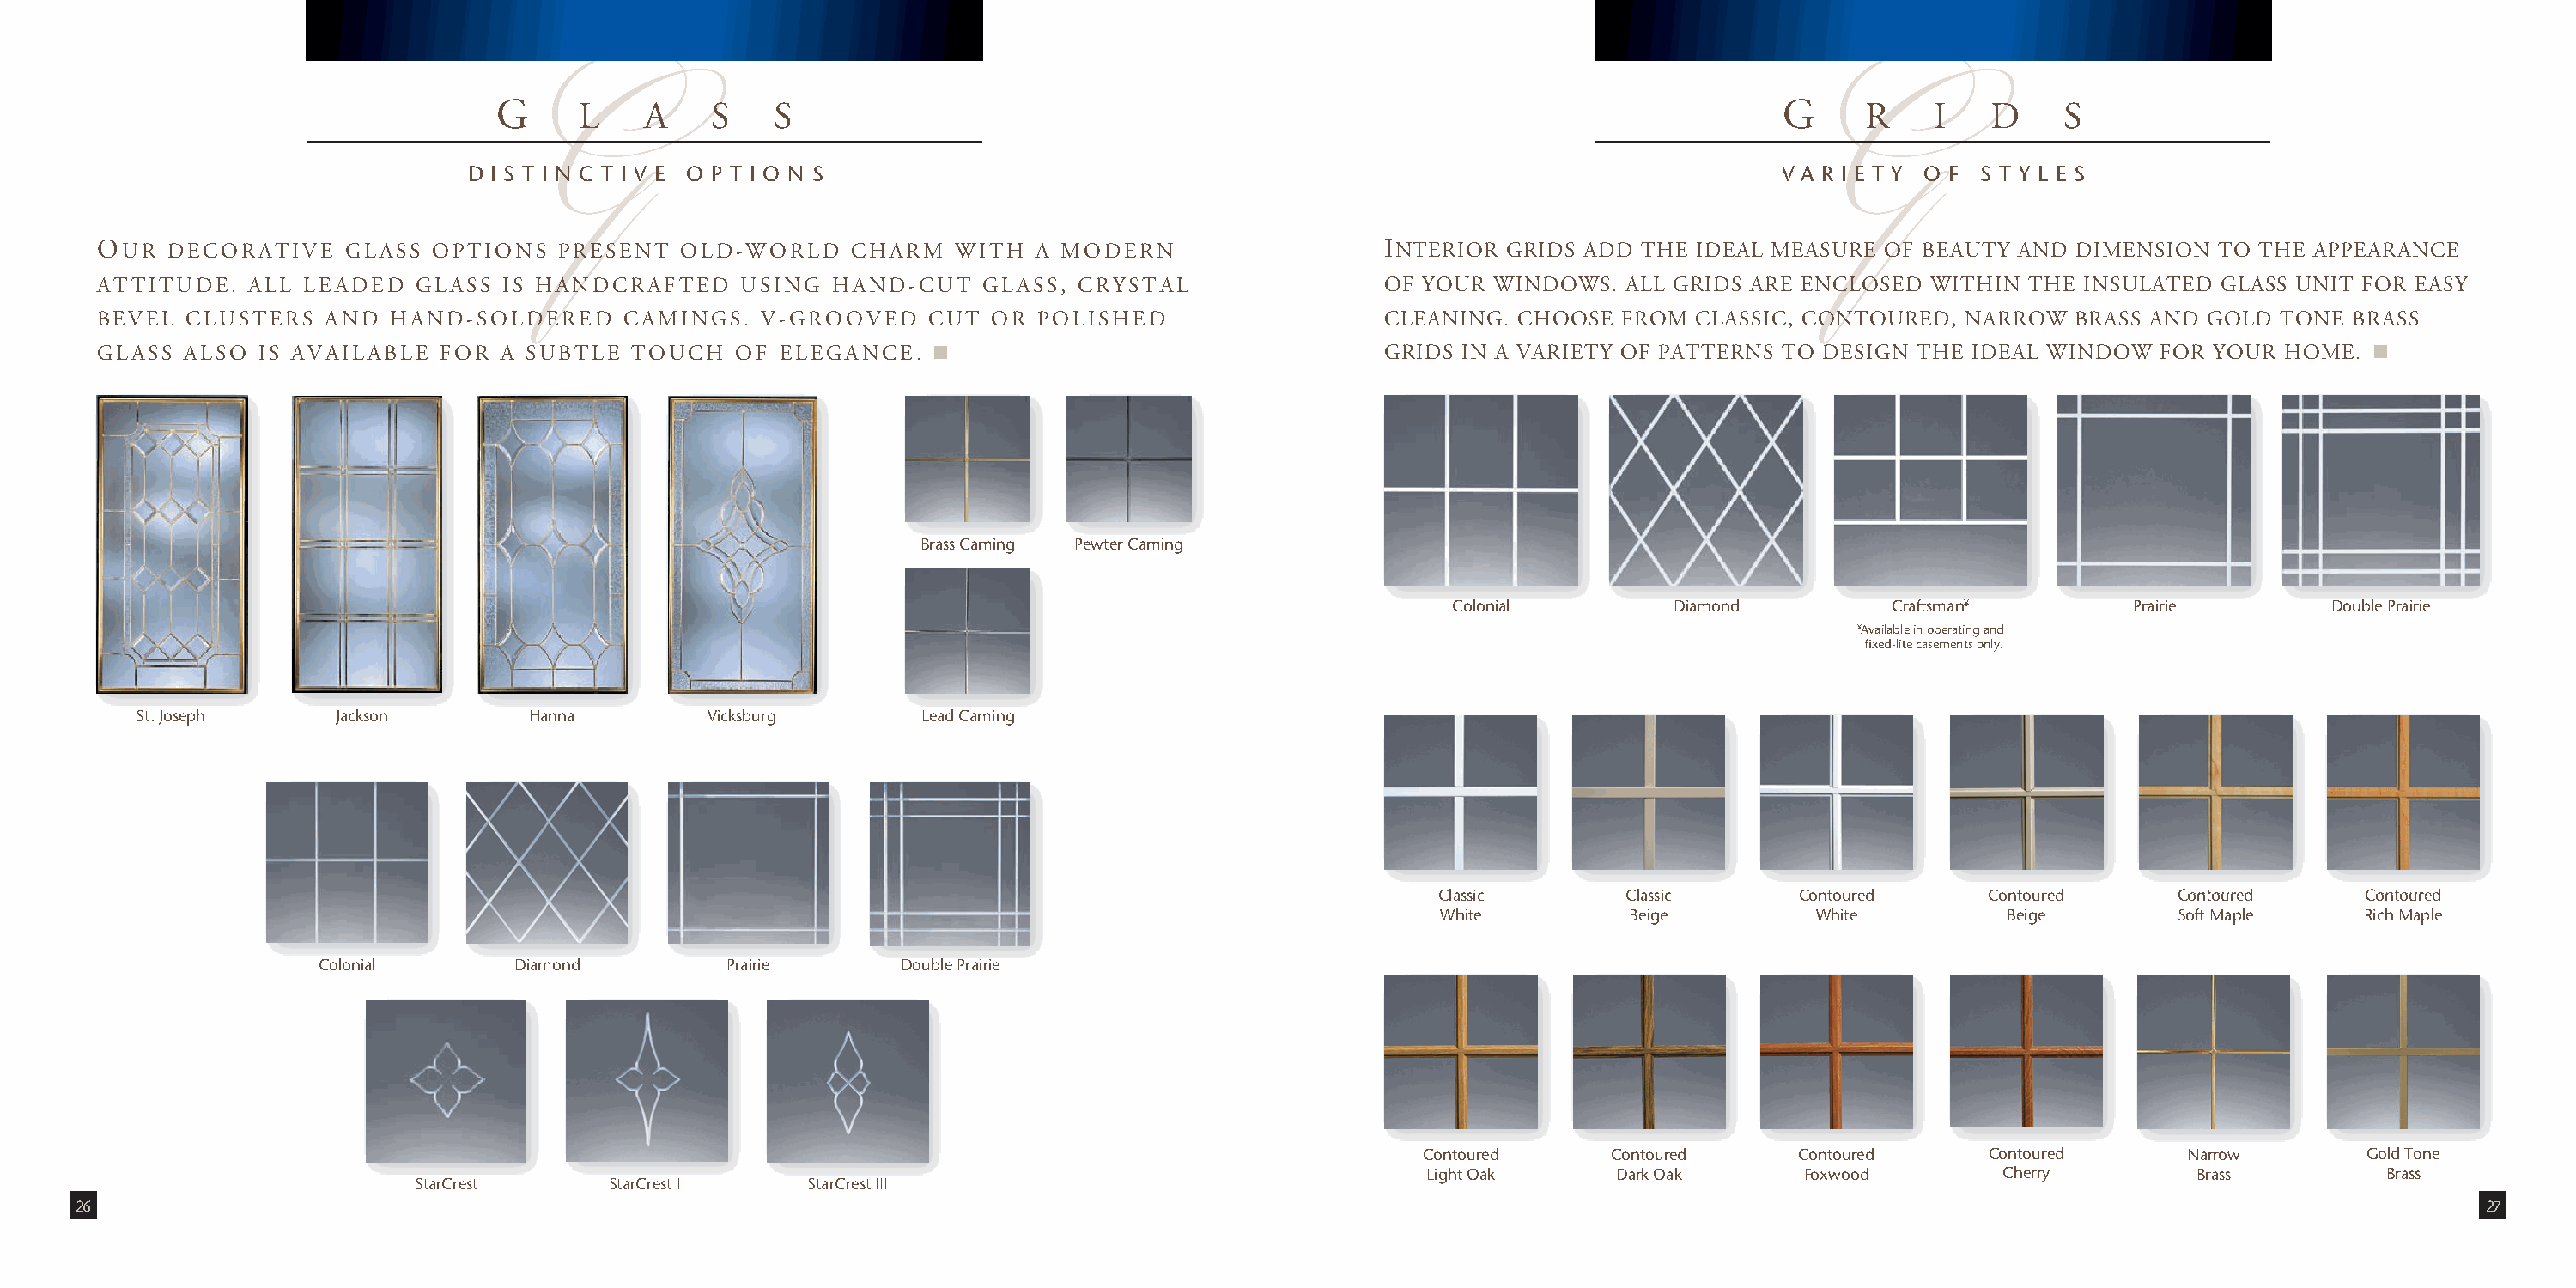
G      L    A    S    S                                                                            G      R    I   D     S
 D I S T I N C T I V E O P T I O N S                                                                  V A R I E T Y O F S T Y L E S
 G                                                                                                   G
 OUR   DECORATIVE    GLASS OPTIONS   PRESENT   OLD-WORLD    CHARM   WITH  A MODERN                   INTERIOR GRIDS ADD  THE IDEAL MEASURE OF BEAUTY  AND DIMENSION  TO THE APPEARANCE
 ATTITUDE.   ALL LEADED   GLASS  IS HANDCRAFTED    USING  HAND-CUT    GLASS, CRYSTAL                 OF YOUR WINDOWS.  ALL GRIDS ARE ENCLOSED  WITHIN THE  INSULATED GLASS UNIT FOR EASY
 BEVEL  CLUSTERS   AND  HAND-SOLDERED     CAMINGS.   V-GROOVED    CUT OR  POLISHED                   CLEANING. CHOOSE  FROM  CLASSIC, CONTOURED,  NARROW  BRASS AND GOLD  TONE BRASS
 GLASS  ALSO  IS AVAILABLE  FOR  A SUBTLE  TOUCH   OF ELEGANCE.                                      GRIDS IN A VARIETY OF PATTERNS TO DESIGN THE IDEAL WINDOW   FOR YOUR HOME.
 Brass Caming Pewter Caming
 Colonial         Diamond          Craftsman¥        Prairie         Double Prairie
 ¥Available in operating and
 fixed-lite casements only.
 St. Joseph      Jackson        Hanna         Vicksburg       Lead Caming
 Classic       Classic       Contoured     Contoured      CCoonnttoouurreedd CCoonnttoouurreedd
 White          Beige         White          Beige        Soft Maple    Rich Maple
 Colonial       Diamond         Prairie      Double Prairie
 Contoured     Contoured      Contoured     Contoured       Narrow       Gold Tone
 Light Oak      Dark Oak      Foxwood        Cherry         Brass          Brass
 StarCrest      StarCrest II   StarCrest III
 26                                                                                                                                                                                        27